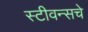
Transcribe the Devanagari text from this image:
स्टीवन्सचे